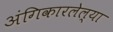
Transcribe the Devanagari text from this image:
अंगिकारलेल्या